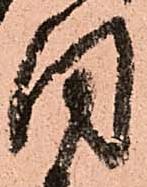
同